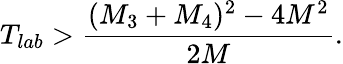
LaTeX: T_{lab}>\frac{(M_{3}+M_{4})^{2}-4M^{2}}{2M}.